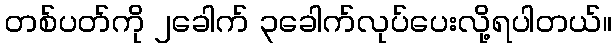
တစ်ပတ်ကို ၂ခေါက် ၃ခေါက်လုပ်ပေးလို့ရပါတယ်။